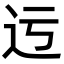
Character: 迃